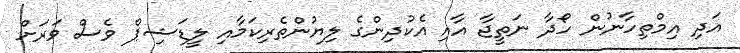
އަދި އިމްތިހާނުން ހޯދާ ނަތީޖާ އާއި އެކުދިންގެ ލިޔުންތެރިކަމާއި ލީޑަޝިޕް ވެސް ވަރަށް